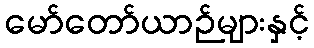
မော်တော်ယာဉ်များနှင့်